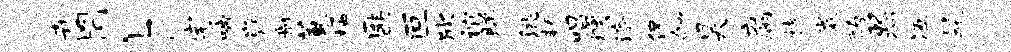
卉罔卜宅啼嶷舸蕙栖匪叵欣谊睇洮耨唱燠济侃劬昊腐楮微酌熙冱髦